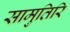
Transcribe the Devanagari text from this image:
सामुतिरि